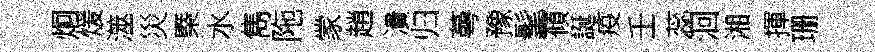
炯煖澨災槩水雋陁䝉趙潰归蕚豫髦-傾誕疫壬蕊洄湘揮珊